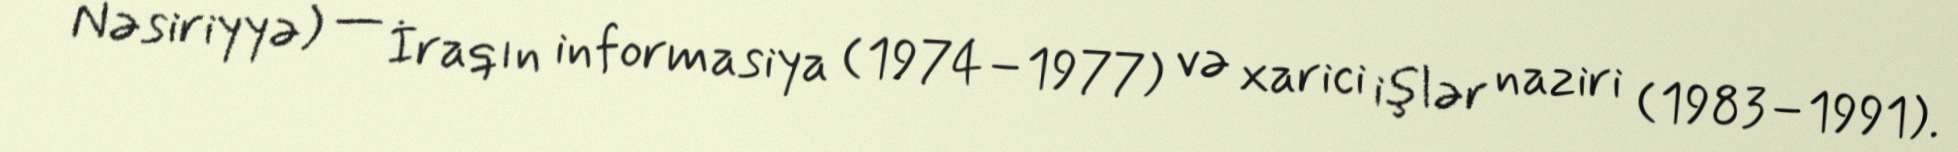
Nəsiriyyə) — İraqın informasiya (1974–1977) və xarici işlər naziri (1983–1991).